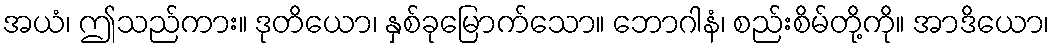
အယံ၊ ဤသည်ကား။ ဒုတိယော၊ နှစ်ခုမြောက်သော။ ဘောဂါနံ၊ စည်းစိမ်တို့ကို။ အာဒိယော၊